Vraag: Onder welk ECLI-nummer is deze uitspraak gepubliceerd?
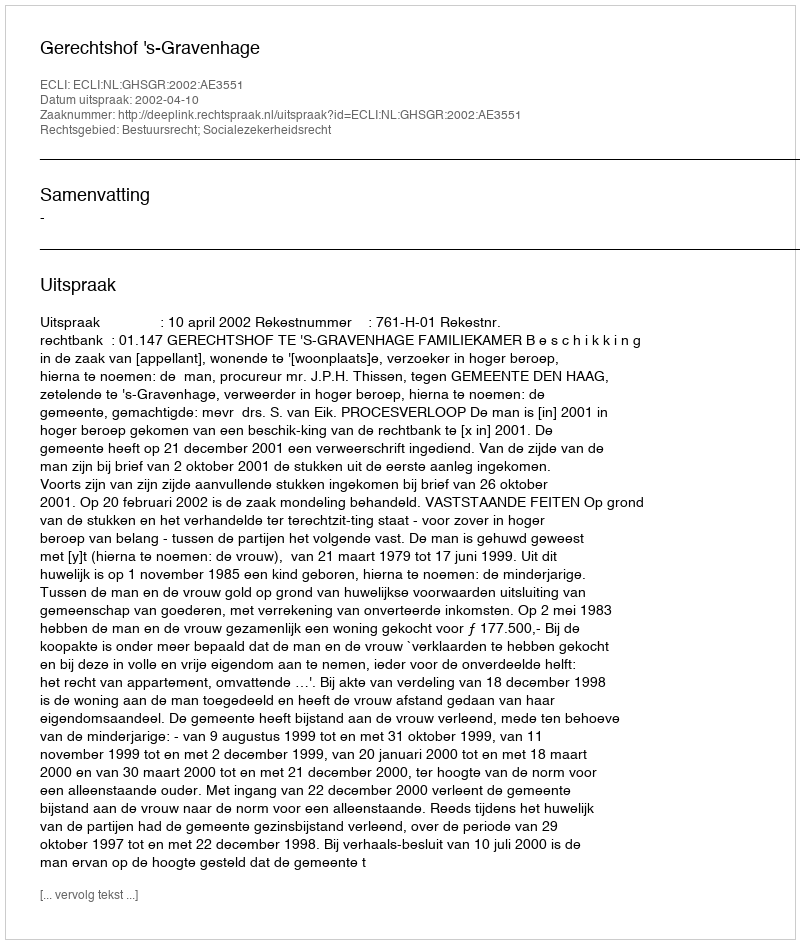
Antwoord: ECLI:NL:GHSGR:2002:AE3551